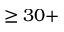
\geq 3 0 +